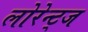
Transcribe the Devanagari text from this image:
लोरेन्ट्ज